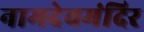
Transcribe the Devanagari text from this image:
नामदेवमंदिर